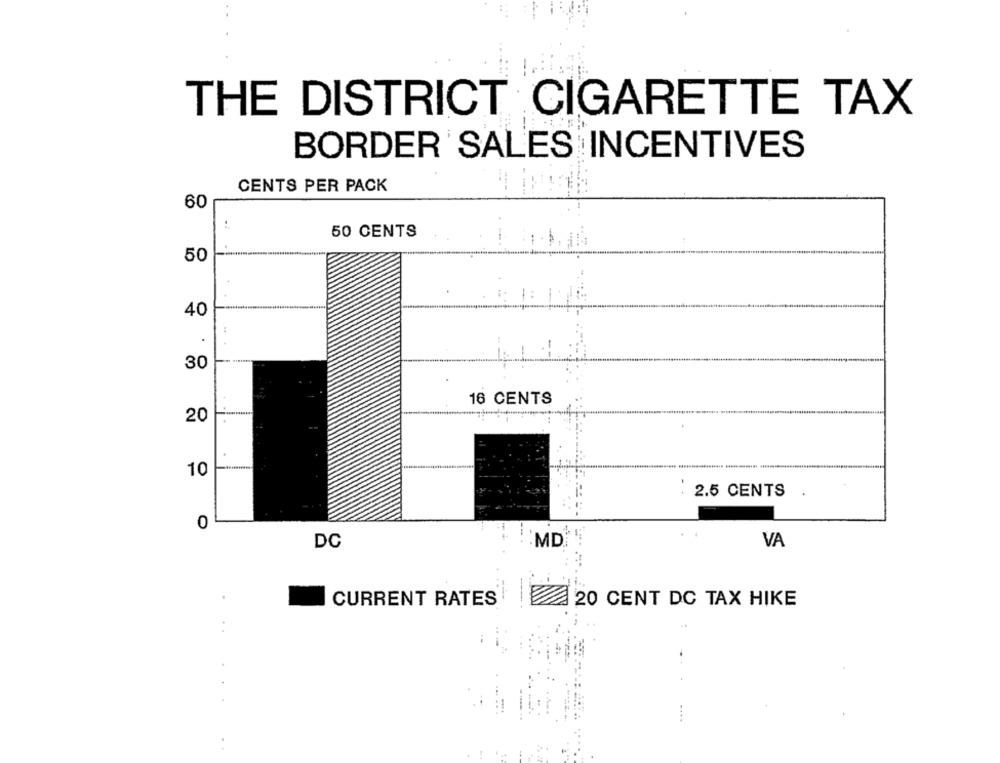
THE DISTRICT CIGARETTE TAX
BORDER SALES INCENTIVES
CENTS PER PACK
60
50 CENTS
50
.
40
...
30
16 CENTS
20
10
2.5 CENTS
0
DC
MD
VA
CURRENT RATES
20 CENT DC TAX HIKE
. .